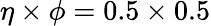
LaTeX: \eta\times\phi=0.5\times 0.5